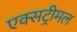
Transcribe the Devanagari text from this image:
एक्सट्रीमल